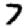
Digit: 7